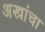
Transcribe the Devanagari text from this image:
अस्त्रांचा